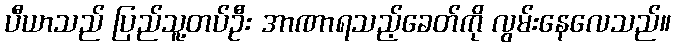
ပီယာသည် ပြည်သူ့တပ်ဦး အာဏာရသည့်ခေတ်ကို လွမ်းနေလေသည်။